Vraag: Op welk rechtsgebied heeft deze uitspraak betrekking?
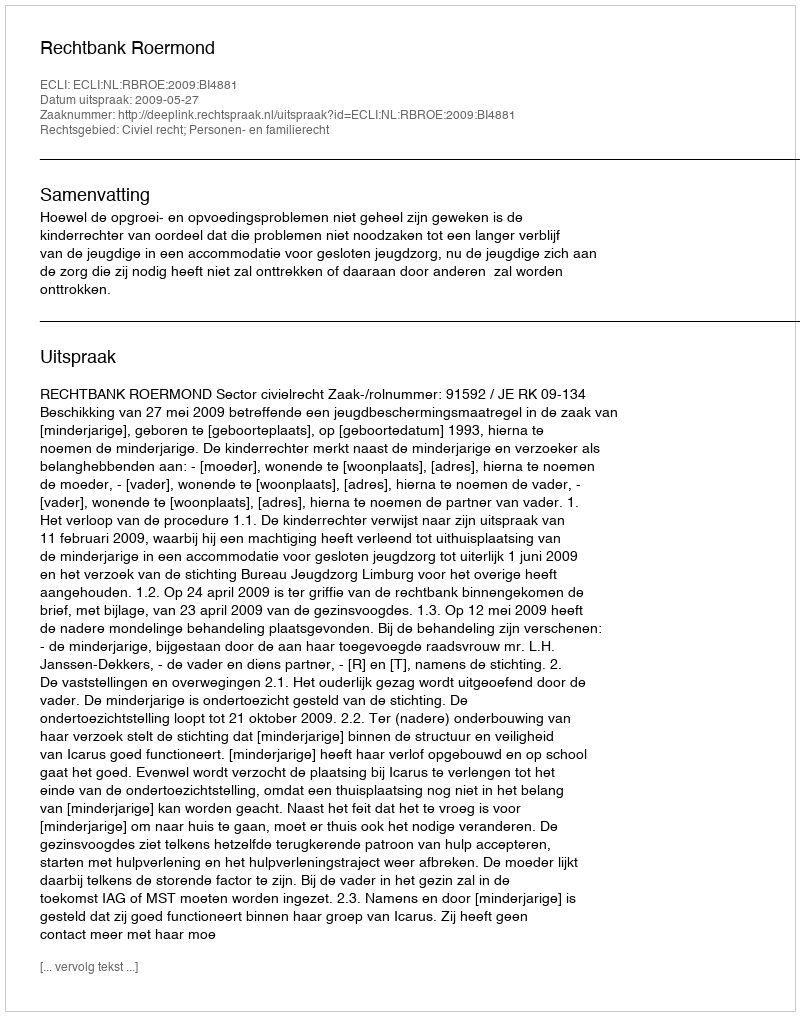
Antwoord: Civiel recht; Personen- en familierecht